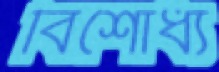
বিশোধ্য